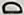
D